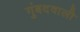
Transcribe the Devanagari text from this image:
गुंबदवाली